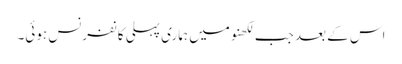
اس کے بعد جب لکھنومیں ہماری پہلی کانفرنس ہوئی۔